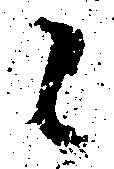
候